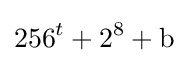
256^{t}+2^{8}+\mathrm {b}